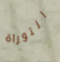
التوراة